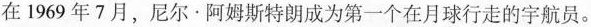
在 1969 年7月,尼尔·阿姆斯特朗成为第一个在月球行走的宇航员.